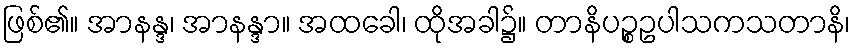
ဖြစ်၏။ အာနန္ဒ၊ အာနန္ဒာ။ အထခေါ၊ ထိုအခါ၌။ တာနိပဉ္စဥပါသကသတာနိ၊